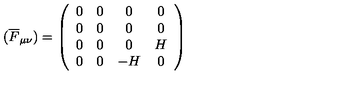
( \overline { { F } } _ { \mu \nu } ) = \left( \begin{array} { c c c c } { 0 } & { 0 } & { 0 } & { 0 } \\ { 0 } & { 0 } & { 0 } & { 0 } \\ { 0 } & { 0 } & { 0 } & { H } \\ { 0 } & { 0 } & { - H } & { 0 } \\ \end{array} \right)